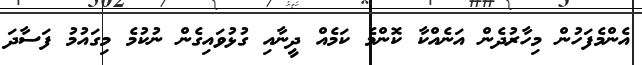
އެންމެފަހުން މިހާރުދެން އަނެއްކާ ކޮންމެ ކަމެއް ދީނާއި ގުޅުވައިގެން ނުކުމެ މިގައުމު ފަސާދަ